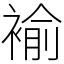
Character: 褕